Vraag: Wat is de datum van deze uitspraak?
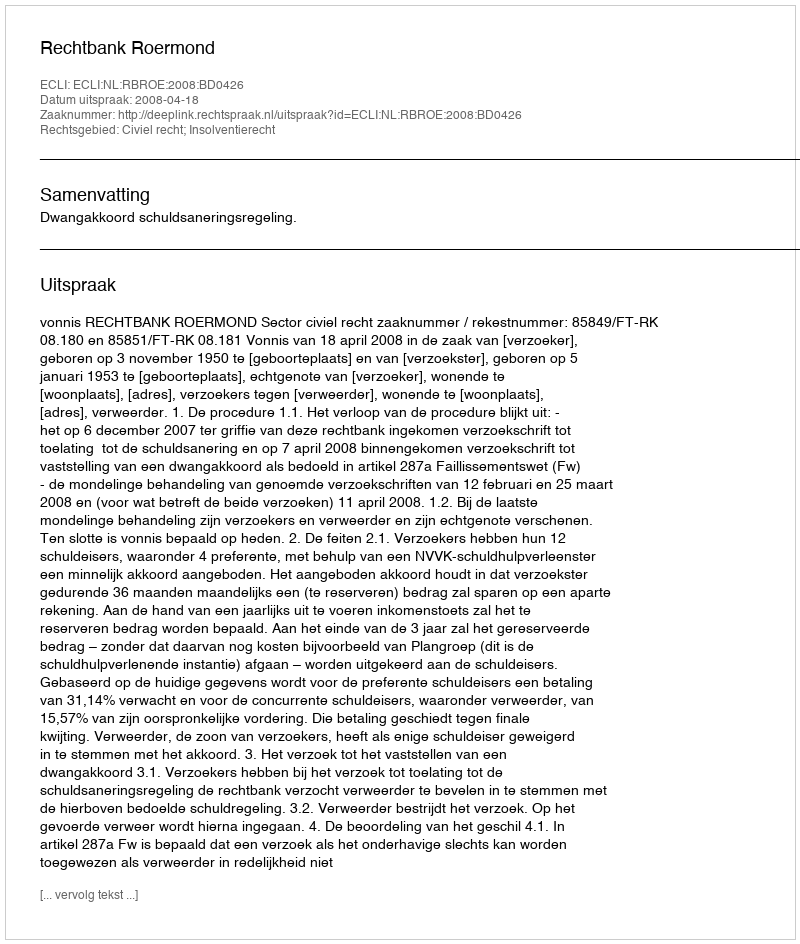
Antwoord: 2008-04-18